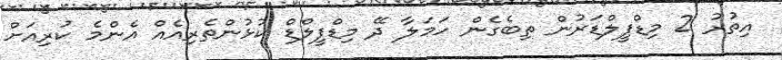
އިތުރު 2 މިޑްފީލްޑަރުން ތިބެގެން ހަމަލާ ދޭ މިޑްފީލްޑް ކުޅުންތެރިއެއް އެންމެ ކުރިއަށް